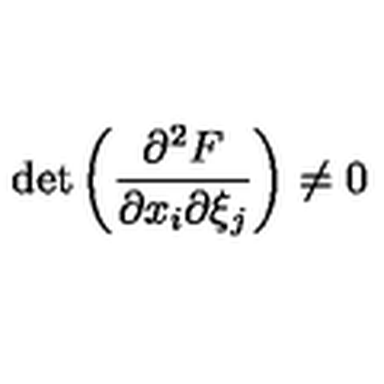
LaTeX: \det \left( { \frac { \partial \sp 2 F } { \partial x _ { i } \partial \xi _ { j } } } \right) \ne 0